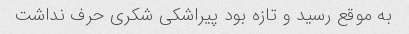
به موقع رسید و تازه بود پیراشکی شکری حرف نداشت